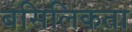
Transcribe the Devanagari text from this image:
बसिलिकता